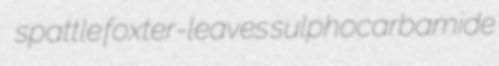
spattle foxter-leaves sulphocarbamide